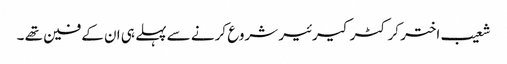
شعیب اختر کرکٹر کیرئیر شروع کرنے سے پہلے ہی ان کے فین تھے ۔